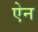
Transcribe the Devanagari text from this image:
एेन